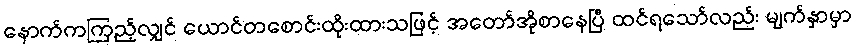
နောက်ကကြည့်လျှင် ယောင်တစောင်းထိုးထားသဖြင့် အတော်အိုစာနေပြီ ထင်ရသော်လည်း မျက်နှာမှာ